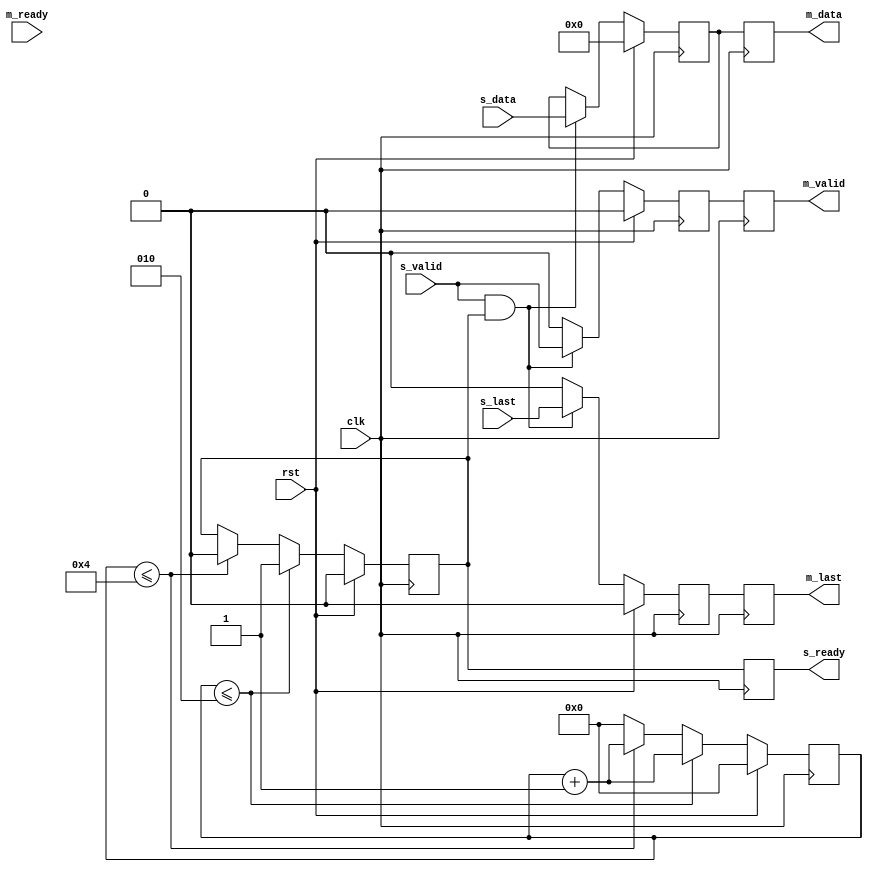
`timescale 1ns / 1ps

module AXI_8_bit(
    input clk, // clock signal
    input rst, // reset signal
    
    //slave
    input [7:0]s_data,
    input s_valid,
    output reg s_ready,
    input  s_last,
    
    
    //master
    output reg  [7:0]m_data,
    output reg  m_valid,
    input m_ready,
    output reg  m_last
     );
     
reg [7:0]data;
reg valid;
reg ready;
reg last;

integer cnt;

always@(posedge clk) begin
    if(rst)begin
        valid <= 1'b0;
        data <= 8'b0;
        last <= 1'b0;
    end
    else begin
         if(s_valid && ready) begin
            data <= s_data;
            valid <= s_valid;
            last <= s_last;
         end
         else begin
            valid <= 1'b0;
            last <= 1'b0;
         end
    end  
end



always@(posedge clk) begin
    if(rst) begin
        ready <= 1'b0;
        cnt <= 1'b0;
    end
    else begin
        if(cnt <= 2)begin
            ready <= 1'b1;
            cnt <= cnt + 1'b1; 
        end
        else if( cnt <= 4 ) begin
            ready <= 1'b0;
            cnt <= cnt + 1'b1;
        end 
        else cnt <= 1'b0;
    end
end
always@(posedge clk) begin
    m_data = data;
    m_valid = valid;
    m_last = last;
    s_ready = ready;
end
endmodule